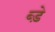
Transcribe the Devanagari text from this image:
ब्ड़े